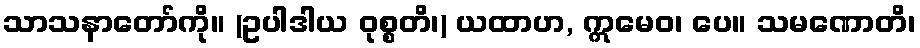
သာသနာတော်ကို။ (ဥပါဒါယ ဝုစ္စတိ၊) ယထာဟ, ဣမေဝ၊ ပေ။ သမဏောတိ၊